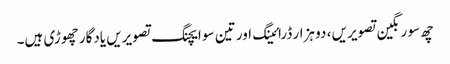
چھ سو رنگین تصویریں ، دو ہزار ڈرائینگ اور تین سو ایچنگ تصویریں یادگار چھوڑی ہیں۔